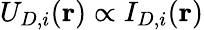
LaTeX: U_{D,i}(\mathbf{r})\propto I_{D,i}(\mathbf{r})